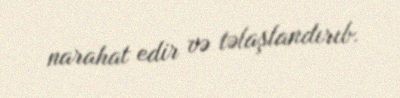
narahat edir və təlaşlandırıb.